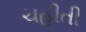
ચહીતી